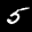
Label: 5